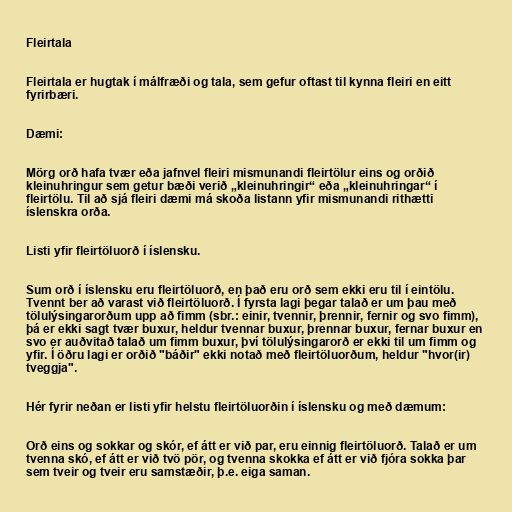
Fleirtala

Fleirtala er hugtak í málfræði og tala, sem gefur oftast til kynna fleiri en eitt
fyrirbæri.

Dæmi:

Mörg orð hafa tvær eða jafnvel fleiri mismunandi fleirtölur eins og orðið
kleinuhringur sem getur bæði verið „kleinuhringir“ eða „kleinuhringar“ í
fleirtölu. Til að sjá fleiri dæmi má skoða listann yfir mismunandi rithætti
íslenskra orða.

Listi yfir fleirtöluorð í íslensku.

Sum orð í íslensku eru fleirtöluorð, en það eru orð sem ekki eru til í eintölu.
Tvennt ber að varast við fleirtöluorð. Í fyrsta lagi þegar talað er um þau með
tölulýsingarorðum upp að fimm (sbr.: einir, tvennir, þrennir, fernir og svo fimm),
þá er ekki sagt tvær buxur, heldur tvennar buxur, þrennar buxur, fernar buxur en
svo er auðvitað talað um fimm buxur, því tölulýsingarorð er ekki til um fimm og
yfir. Í öðru lagi er orðið "báðir" ekki notað með fleirtöluorðum, heldur "hvor(ir)
tveggja".

Hér fyrir neðan er listi yfir helstu fleirtöluorðin í íslensku og með dæmum:

Orð eins og sokkar og skór, ef átt er við par, eru einnig fleirtöluorð. Talað er um
tvenna skó, ef átt er við tvö pör, og tvenna skokka ef átt er við fjóra sokka þar
sem tveir og tveir eru samstæðir, þ.e. eiga saman.